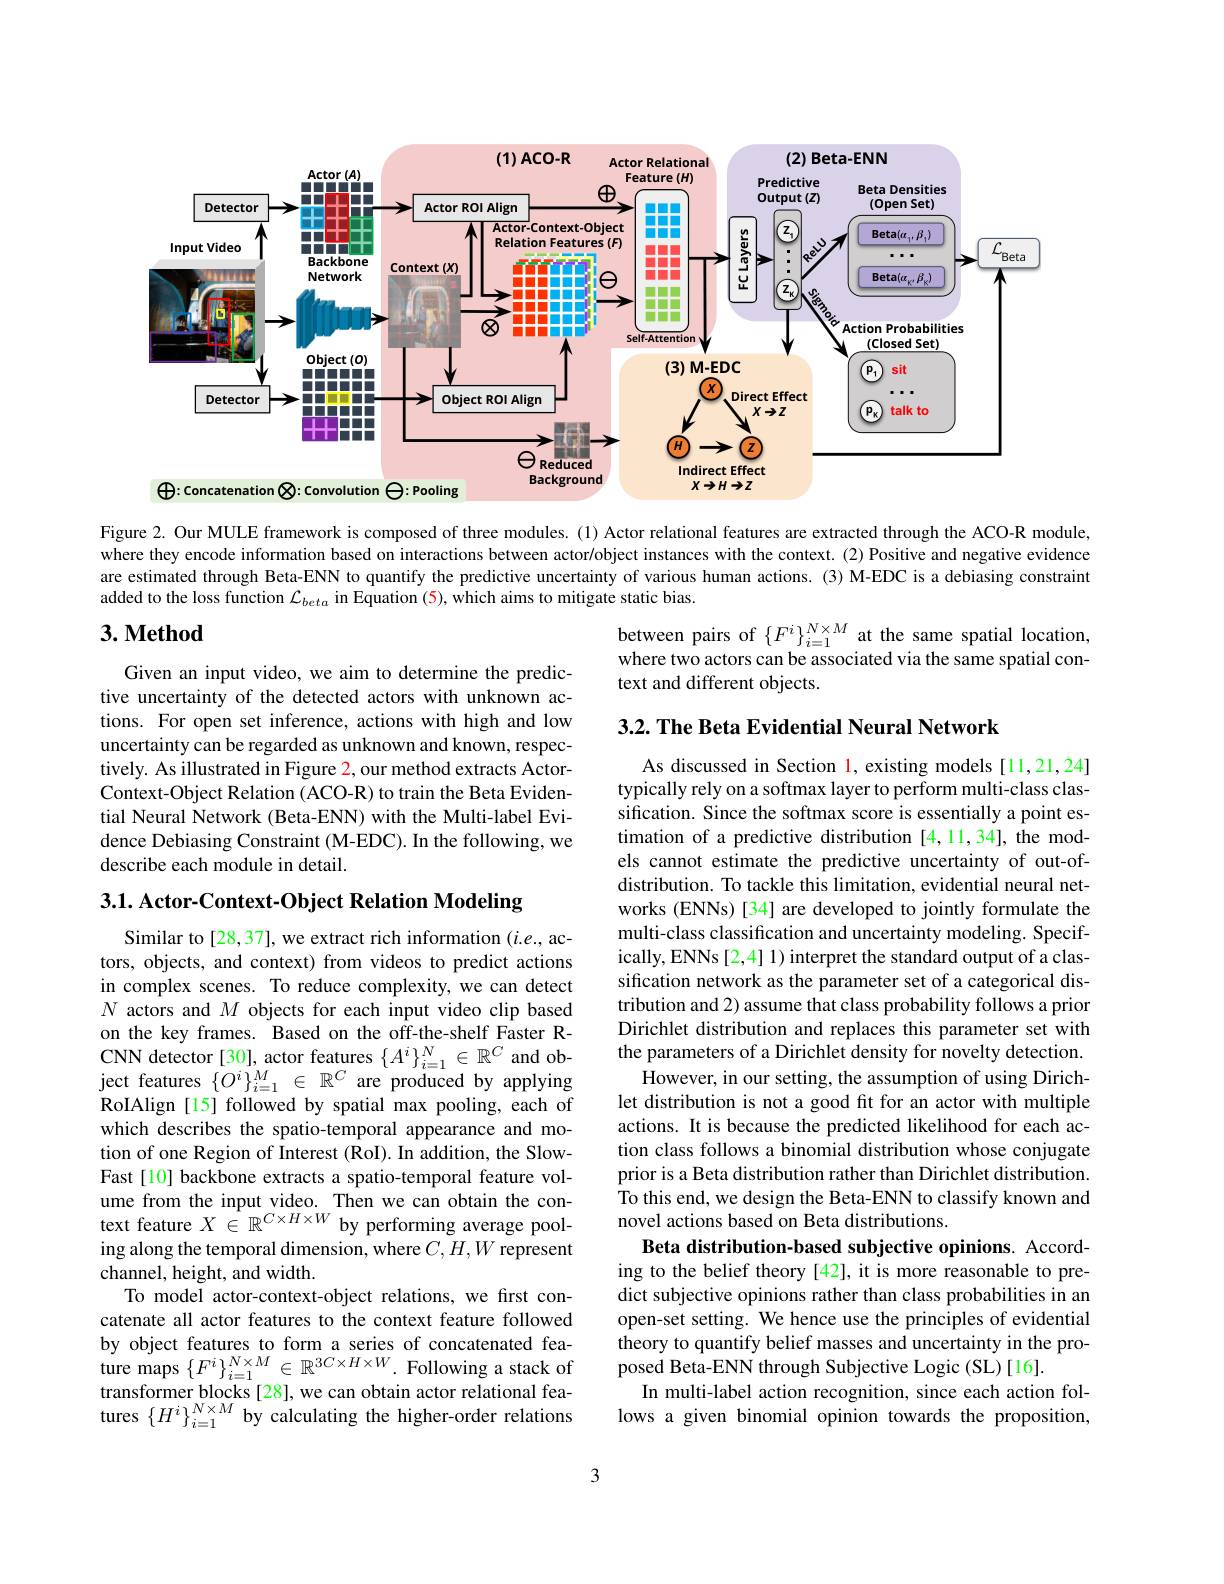
<FigureHere>

Figure 2. Our MULE framework is composed of three modules. (1) Actor relational features are extracted through the ACO-R module, where they encode information based on interactions between actor/object instances with the context.(2) Positive and negative evidence are estimated through Beta-ENN to quantify the predictive uncertainty of various human actions.(3) M-EDC is a debiasing constraint added to the loss function $\mathcal{L}_beta$ in Equation (5), which aims to mitigate static bias.

### $3. \textbf{Method}$

between pairs of $\{F^i\}_{i=1}^{N\times M}$ at the same spatial location, where two actors can be associated via the same spatial context and different objects.

## 3.2. The Beta Evidential Neural Network

Given an input video, we aim to determine the predictive uncertainty of the detected actors with unknown actions. For open set inference, actions with high and low uncertainty can be regarded as unknown and known, respectively. As illustrated in Figure 2, our method extracts ActorContext-Object Relation (ACO-R) to train the Beta Evidential Neural Network (Beta-ENN) with the Multi-label Evidence Debiasing Constraint (M-EDC). In the following, we describe each module in detail.

3.1. Actor- Context- Object Relation Modeling

As discussed in Section l, existing models [11,21,24] typically rely on a softmax layer to perform multi-class classification. Since the softmax score is essentially a point estimation of a predictive distribution [4,11,34], the models cannot estimate the predictive uncertainty of out-ofdistribution. To tackle this limitation, evidential neural networks (ENNs) [34] are developed to jointly formulate the multi-class classification and uncertainty modeling. Specifically, ENNs [2,4] 1) interpret the standard output of a classification network as the parameter set of a categorical distribution and 2) assume that class probability follows a prior Dirichlet distribution and replaces this parameter set with the parameters of a Dirichlet density for novelty detection.
However, in our setting, the assumption of using Dirichlet distribution is not a good fit for an actor with multiple actions. It is because the predicted likelihood for each action class follows a binomial distribution whose conjugate prior is a Beta distribution rather than Dirichlet distribution. To this end, we design the Beta-ENN to classify known and novel actions based on Beta distributions.
Beta distribution-based subjective opinions. According to the belief theory [42], it is more reasonable to predict subjective opinions rather than class probabilities in an open-set setting. We hence use the principles of evidential theory to quantify belief masses and uncertainty in the proposed Beta-ENN through Subjective Logic (SL)[16].
In multi-label action recognition, since each action follows a given binomial opinion towards the proposition,

Similar to[28,37], we extract rich information $(i.e.$, actors, objects, and context) from videos to predict actions in complex scenes. To reduce complexity, we can detect $N$ actors and $M$ objects for each input video clip based on the key frames. Based on the off-the-shelf Faster RCNN detector[30], actor features $\{A^i\}_{i=1}^N\in\mathbb{R}^C$ and object features $\{O^i\}_{i=1}^M\in\mathbb{R}^C$ are produced by applying RoIAlign [15] followed by spatial max pooling, each of which describes the spatio-temporal appearance and motion of one Region of Interest (RoI). In addition, the SlowFast[10] backbone extracts a spatio-temporal feature vol- $\begin{array}{l}\text{ume from the input video. Then we can obtain the con-}\\\text{text feature }X\in\mathbb{R}^{C\times H\times W}&\text{by performing average pool-}\end{array}$ ing along the temporal dimension, where $C,H,W$ represent channel, height, and width.
To model actor-context-object relations, we first concatenate all actor features to the context feature followed by object features to form a series of concatenated fea- $\begin{array}{l}{\mathrm{ture~maps~}\{F^{i}\}_{i=1}^{N\times M}\in\mathbb{R}^{3C\times H\times W}.\text{Following a stack of}}\\{\mathrm{transformer~blocks~[28],~we~can~obtain~actor~relational~fea-}}\end{array}$ $\begin{array}{l}\text{transformer blocks[28], we can obtain actor relational fea-}\\\text{tures }\{H^i\}_{i=1}^{N\times M}\end{array}$by calculating the higher-order relations

3